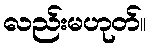
လည်းမဟုတ်။